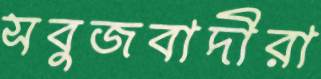
সবুজবাদীরা